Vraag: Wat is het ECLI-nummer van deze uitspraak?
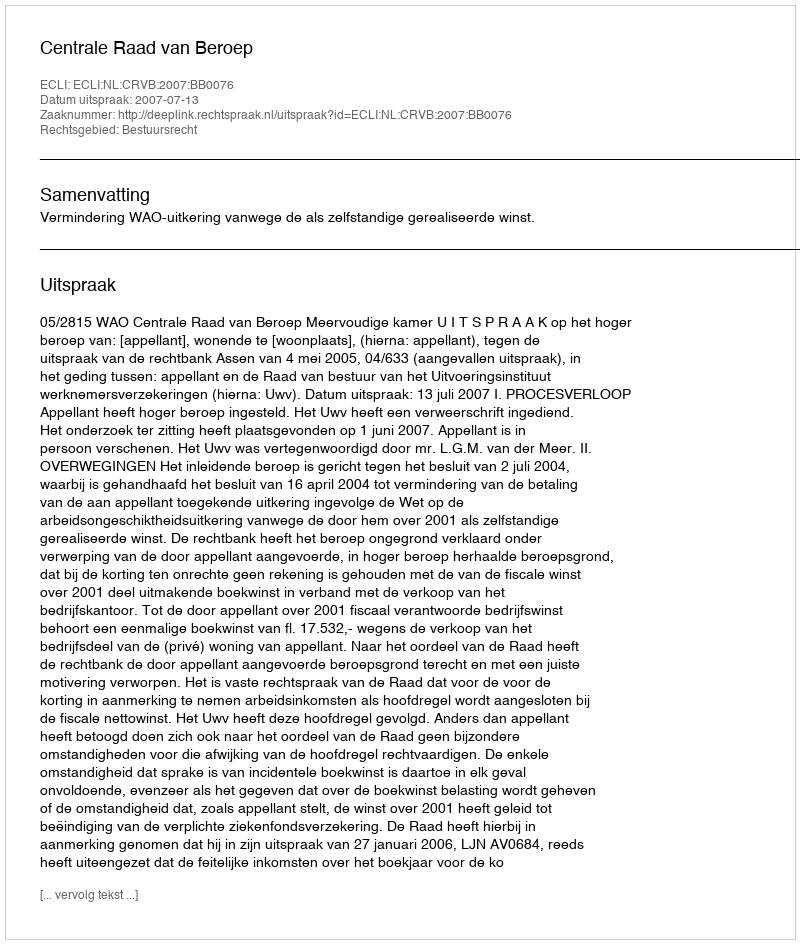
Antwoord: ECLI:NL:CRVB:2007:BB0076